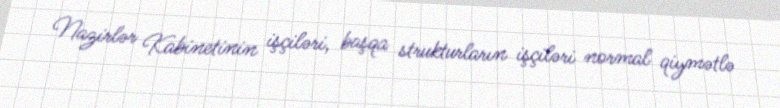
Nazirlər Kabinetinin işçiləri, başqa strukturların işçiləri normal qiymətlə